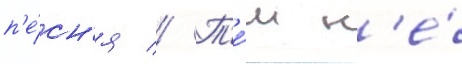
п'е́сн'я // Т'е́м н'е́